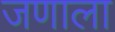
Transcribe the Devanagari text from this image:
जणाला